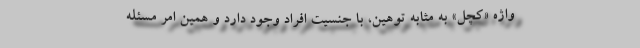
واژه «کچل» به‌ مثابه توهین، با جنسیت افراد وجود دارد و همین امر مسئله